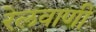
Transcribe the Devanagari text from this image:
रेलवाणी